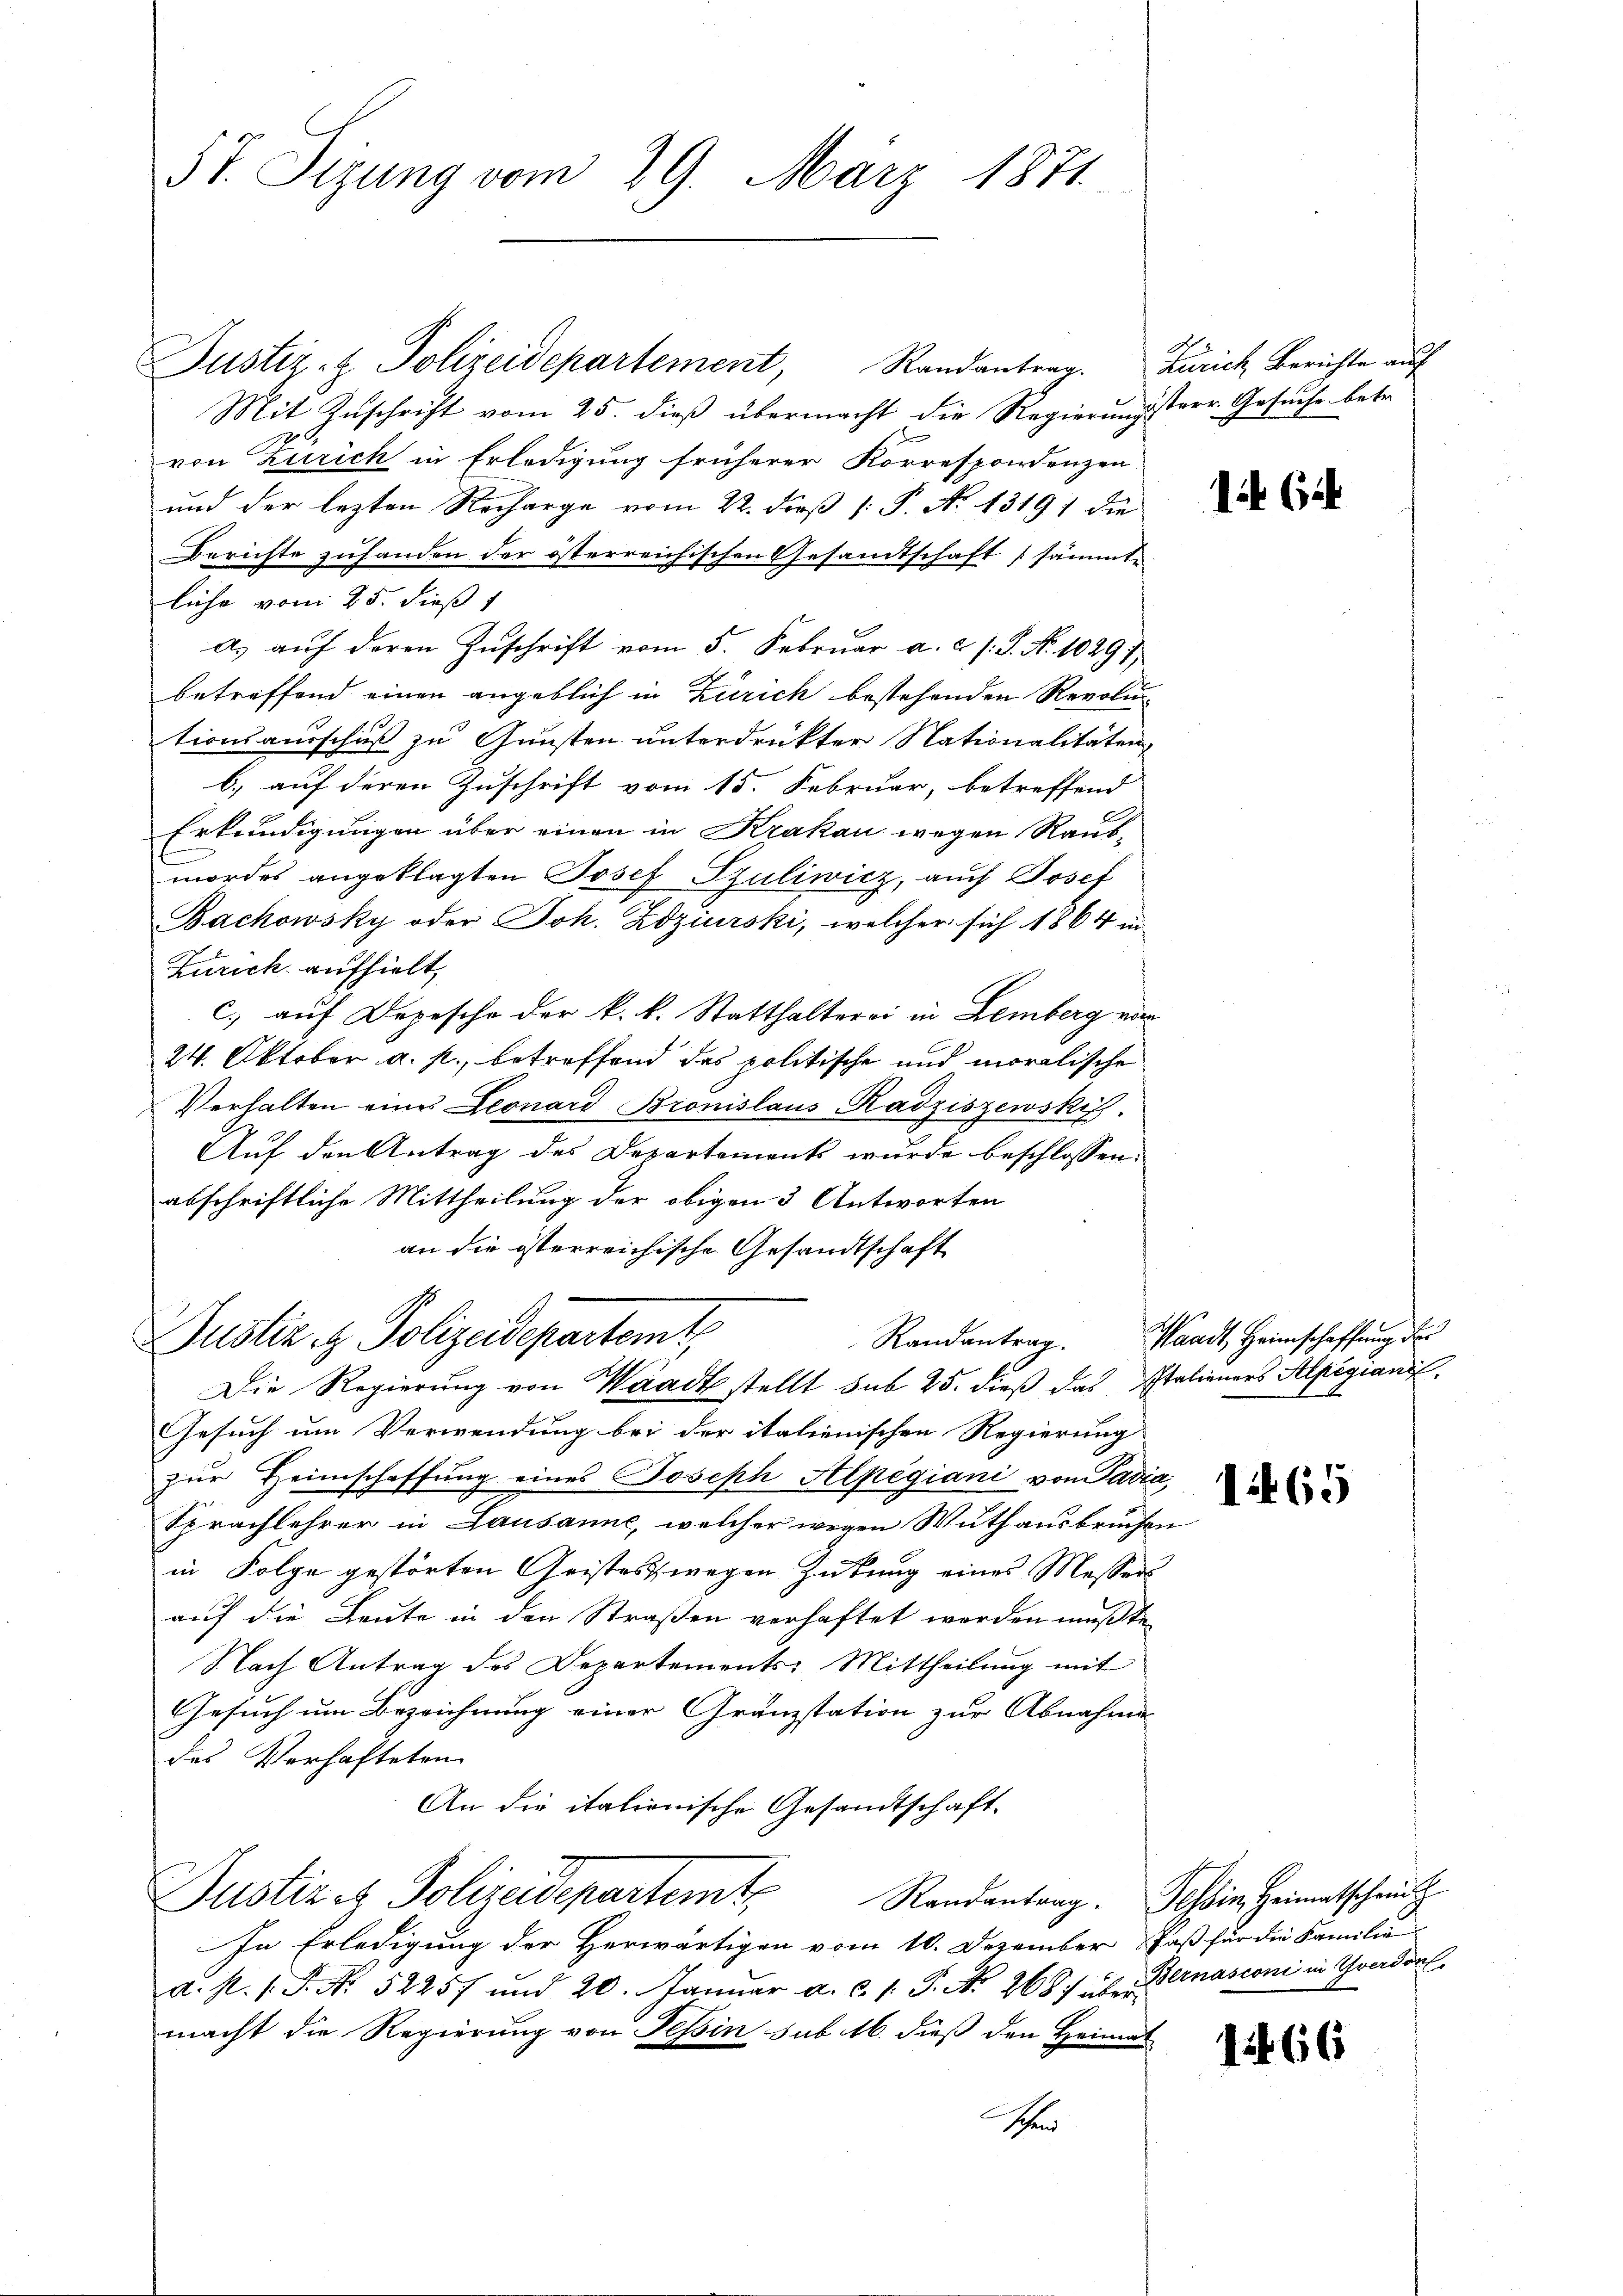
57. Sizung vom 29. März 1871.

Justiz- & Polizeidepartement, Randantrag. Zürich Berichte auf
Mit Zuschrift vom 25. dieß übermacht die Regierungsterr. Gesuche betr.
von Zürich in Erledigung früherer Korrespondenzen
und der lezten Recharge vom 22. dieß P. N. 13191 die
Berichte zuhanden der österreichischen Gesamtschaft sämmtliche vom 25. dieß 1
a.) auf deren Zuschrift vom 5. Februar a. c. s. S. Nr. 10291
betreffend einen angeblich in Zürich bestehenden Revolutionsausschuß zu Gunsten unterdrükter Nationalitäten
b.) auf deren Zuschrift vom 15. Februar, betreffend
Erkundigungen über einen in Krakau wegen Raubmordes angeklagten Josef Szuliwicz, auch Josef
Bachowsky oder Joh. Zdziurski, welcher sich 1864 in
Zürich aufhielt,
c.) auf Depesche der k. k. Statthalterei in Lemberg vor
24. Oktober a. p., betreffend das politische und moralische
Verhalten eines Leonard Bronislaus Radziszewskif.
Auf den Antrag des Departement wurde beschlossen:
abschriftliche Mittheilung der obigen 3 Antworten
an die österreichische Gesandtschaft

Justiz & Polizeidepartemt
Randantrag.
Die Regierung von Waadt stellt sub 25. dieß das Italieners Alpegiani

Gesuch um Verwendung bei der italienischen Regierung
zŭr Heimschaffung eines Joseph Alpégiani von Pavia,
Sprachlehrer in Lausanne, welcher wegen Wuthausbruchen
in Folge gestörten Geisteswegen Zukung eines Messers
auf die Leute in den Straßen verhaftet werden mußte
Nach Antrag des Departements: Mittheilung mit
Gesuch um Bezeichnung einer Granzstation zur Abnahmen
des Verhafteten
An die italienische Gesandtschaft.
Justiz & Polizeidepartemt, Randantrag. Ich bin Heimatschaut
In Erledigung der Herwärtigen vom 10. Dezember Faß für die Familie
d. R. s. S. Nr. 52257 und 20. Janŭar a. c. 1. P. Nr. 268. über Bernasconi in Gradorf
macht die Regierung von Tessin sub 16. dieß den Heimat
tchen

it Cit

Waadt, Heimschaffung der

1465

1466